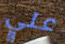
علي